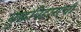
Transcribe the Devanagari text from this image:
बुद्धविहाराची